Indian journal of veterinary science and animal husbandry - Volume 6,
Year: 1936
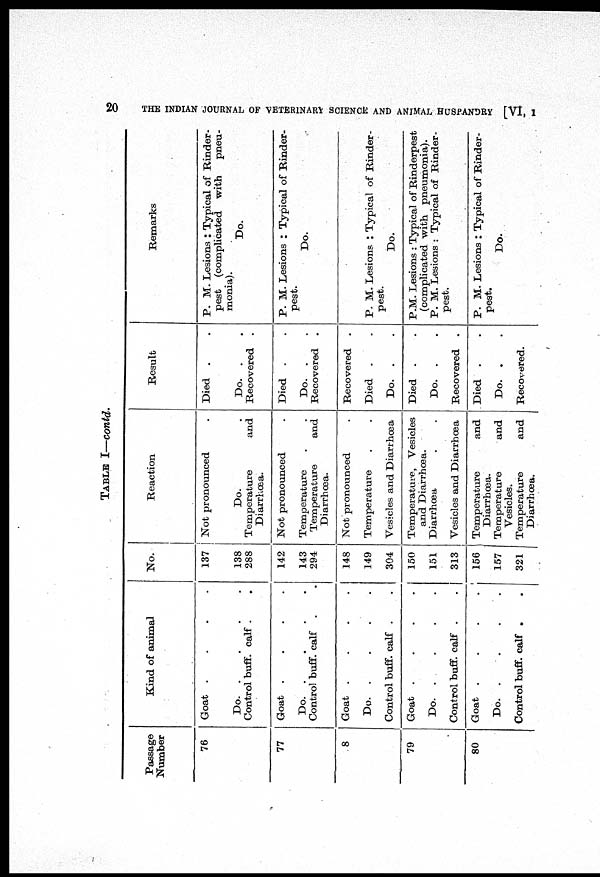
20
THE INDIAN JOURNAL OF VETERINARY SCIENCE AND ANIMAL HUSBANDRY [VI, I
TABLE I—contd.
Passage
Number
76
77
78
79
80
Kind of animal
Goat . . . .
Do.
.
.
.
.
Control buff. calf . .
Goat . . . .
Do.
.
.
.
.
Control buff. calf . .
Goat . . . .
Do.
.
.
.
.
Control buff. calf . .
Goat . . . .
Do.
.
.
.
.
Control buff. calf . .
Goat . . . .
Do. . . . .
Control buff. calf . .
No.
137
138
288
142
143
294
148
149
304
150
151
313
156
157
321
Reaction
Not pronounced
.
Do.
.
Temperature and
Diarrhœa.
Not pronounced .
Temperature
.
.
Temperature and
Diarrhœa.
Not pronounced .
Temperature . .
Vesicles and Diarrhœa
Temperature, Vesicles
and Diarrhœa.
Diarrhœa . .
Vesicles and Diarrhœa
Temperature and
Diarrhœa.
Temperature and
Vesicles.
Temperature and
Diarrhœa.
Result
Died . .
Do. .
.
Recovered .
Died . .
Do. .
.
Recovered .
Recovered .
Died . .
Do. . .
Died . .
Do. . .
Recovered .
Died . .
Do. .
.
Recovered.
Remarks
P. M. Lesions : Typical of Rinder-
pest (complicated with pneu-
monia).
Do.
P. M. Lesions : Typical of Rinder-
pest.
Do.
P. M. Lesions : Typical of Rinder-
pest.
Do.
P.M. Lesions : Typical of Rinderpest
(complicated with pneumonia).
P. M. Lesions : Typical of Rinder-
pest.
P. M. Lesions : Typical of Rinder-
pest.
Do.